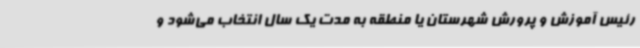
رئیس آموزش و پرورش شهرستان یا منطقه به مدت یک سال انتخاب می‌شود و